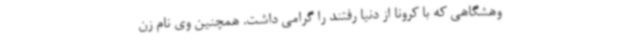
وهشگاهی که با کرونا از دنیا رفتند را گرامی داشت. همچنین وی نام زن